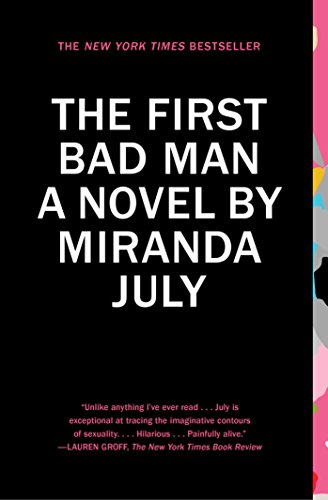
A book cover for The First Bad Man: A Novel; Miranda July; Literature & Fiction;